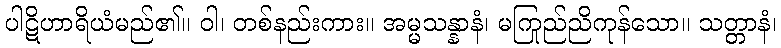
ပါဋိဟာရိယံမည်၏။ ဝါ၊ တစ်နည်းကား။ အမ္မသန္နာနံ၊ မကြည်ညိုကုန်သော။ သတ္တာနံ၊